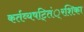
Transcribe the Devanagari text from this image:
कर्तव्यषट्तिं्रशिका